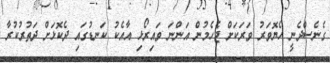
ގެނެސްދެނީ ހެޔޮވަރު ވަރަކަށް ޖެހެމުން އަންނަ ވައިރޯޅި އާއެކު ކަނޑުގައި ދެކޮޅަށް ދަތުރުކުރާ